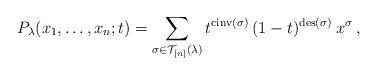
LaTeX: \begin{align*} P_{\lambda}(x_1,\ldots,x_n;t) = \sum_{\sigma\in {\mathcal T}_{[n]}(\lambda) } t^{{\rm cinv} (\sigma )}\,(1-t)^{{\rm des}(\sigma)}\: x^{\sigma }\,,\end{align*}